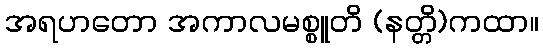
အရဟတော အကာလမစ္စူတိ (နတ္တိ)ကထာ။